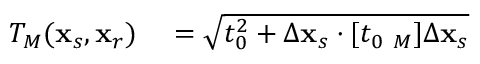
\begin{array} { r l } { { \cal T } _ { M } ( { \bf x } _ { s } , { \bf x } _ { r } ) } & { { } = \sqrt { t _ { 0 } ^ { 2 } + \Delta { \bf x } _ { s } \cdot [ t _ { 0 } { \bf \Gamma } _ { M } ] \Delta { \bf x } _ { s } } } \end{array}